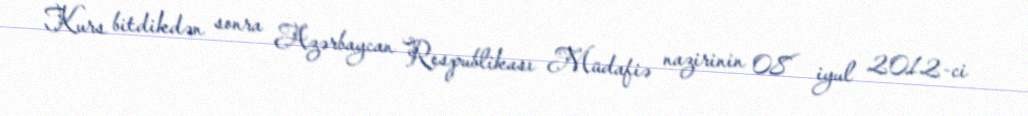
Kurs bitdikdən sonra Azərbaycan Respublikası Müdafiə nazirinin 08 iyul 2012-ci